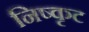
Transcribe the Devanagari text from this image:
निष्कृट